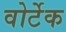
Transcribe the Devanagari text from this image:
वोर्टेक